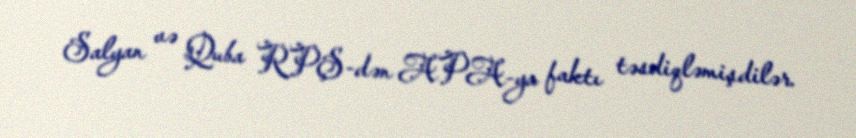
Salyan və Quba RPŞ-dən APA-ya faktı təsdiqləmişdilər.